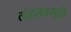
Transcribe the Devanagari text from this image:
तांदळामुळे